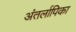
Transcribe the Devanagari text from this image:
अंतर्लापिका